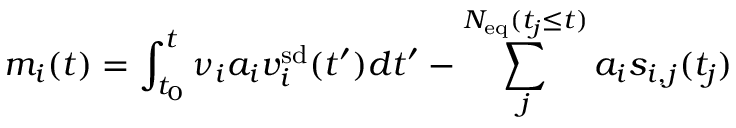
m _ { i } ( t ) = \int _ { t _ { 0 } } ^ { t } \nu _ { i } a _ { i } v _ { i } ^ { \mathrm { s d } } ( t ^ { \prime } ) d t ^ { \prime } - \sum _ { j } ^ { N _ { \mathrm { e q } } ( t _ { j } \leq t ) } a _ { i } s _ { i , j } ( t _ { j } )